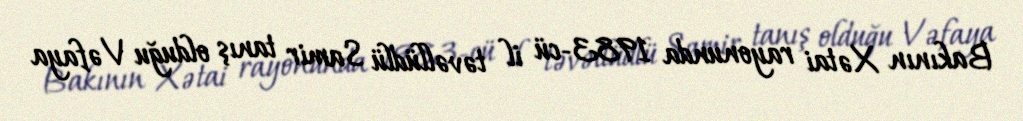
Bakının Xətai rayonunda 1983-cü il təvəllüdlü Samir tanış olduğu Vəfaya